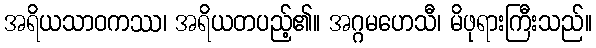
အရိယသာဝကဿ၊ အရိယတပည့်၏။ အဂ္ဂမဟေသီ၊ မိဖုရားကြီးသည်။